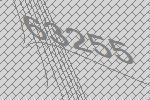
63255